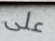
على